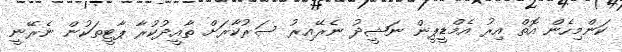
ކަންމިހެން އޮތް އިރު އެމްޑީޕީން ނަޝީދު ނެރޭއިރު ސަރުކާރަށް ތާއީދުކުރާ ޕާޓީތަކުން ނެރޭނީ